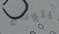
يتوقع